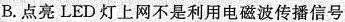
B.点亮LED灯上网不是利用电磁波传播信号